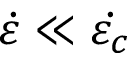
\dot { \varepsilon } \ll \dot { \varepsilon _ { c } }